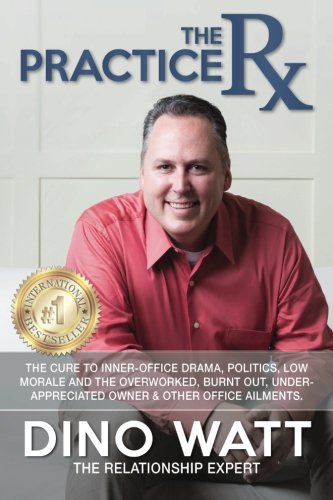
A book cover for The Practice Rx: The Cure To Inner-Office Drama, Politics, Low Morale, and the Overworked, Burnt Out, Under-Appreciated Owner & Other Office Ailments; Dino Watt; Business & Money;